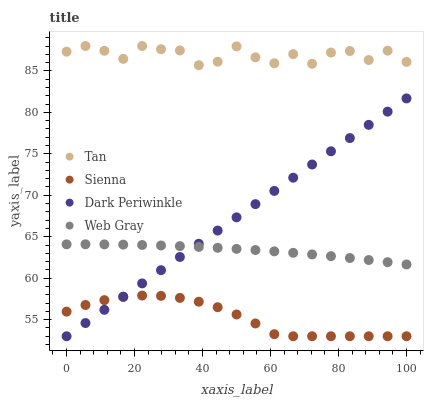
| xaxis_label | Tan | Sienna | Dark Periwinkle | Web Gray |
 | --- | --- | --- | --- | --- |
 | 0 | 87.3 | 56 | 53 | 64.1 |
 | 5.56 | 88 | 56.8 | 54.6 | 64.1 |
 | 11.1 | 87.4 | 57.4 | 56.2 | 64.1 |
 | 16.7 | 86.5 | 57.7 | 57.8 | 64.1 |
 | 22.2 | 88 | 57.9 | 59.4 | 64 |
 | 27.8 | 87.6 | 57.9 | 61 | 63.9 |
 | 33.3 | 87.5 | 57.6 | 62.6 | 63.9 |
 | 38.9 | 85.7 | 57.2 | 64.2 | 63.8 |
 | 44.4 | 86.1 | 56.5 | 65.7 | 63.7 |
 | 50 | 88 | 55.6 | 67.3 | 63.5 |
 | 55.6 | 86.6 | 54.5 | 68.9 | 63.4 |
 | 61.1 | 85.9 | 53.3 | 70.5 | 63.2 |
 | 66.7 | 87 | 53 | 72.1 | 63.1 |
 | 72.2 | 85.9 | 53 | 73.7 | 62.9 |
 | 77.8 | 87.2 | 53 | 75.3 | 62.7 |
 | 83.3 | 87.4 | 53 | 76.9 | 62.4 |
 | 88.9 | 86.3 | 53 | 78.5 | 62.2 |
 | 94.4 | 87.4 | 53 | 80.1 | 61.9 |
 | 100 | 86.1 | 53 | 81.7 | 61.7 |